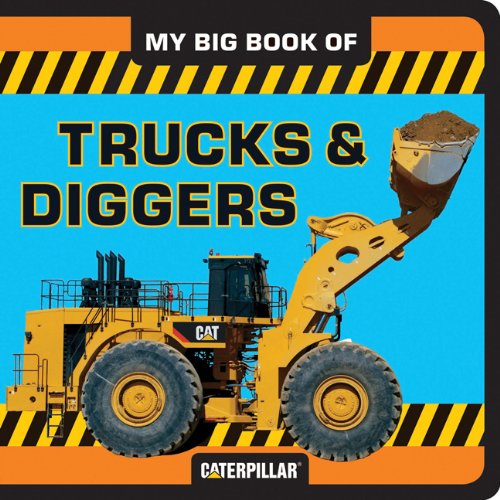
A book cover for My Big Book of Trucks and Diggers (My Big Book Of... (Chronicle Books)); Caterpillar; Children's Books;